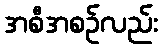
အစီအစဉ်လည်း